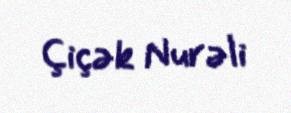
Çiçək Nurəli